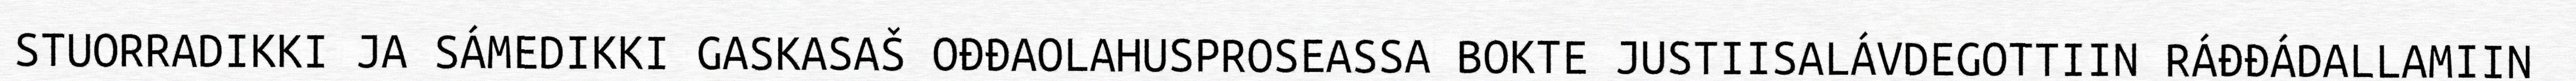
STUORRADIKKI JA SÁMEDIKKI GASKASAŠ OĐĐAOLAHUSPROSEASSA BOKTE JUSTIISALÁVDEGOTTIIN RÁĐĐÁDALLAMIIN